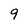
Character: 9